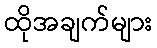
ထိုအချက်များ